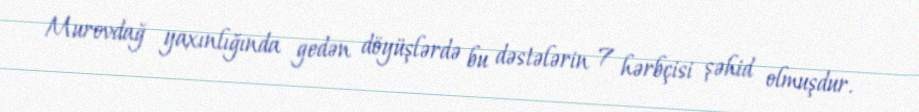
Murovdağ yaxınlığında gedən döyüşlərdə bu dəstələrin 7 hərbçisi şəhid olmuşdur.